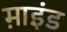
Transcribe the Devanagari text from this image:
म़ाइंड